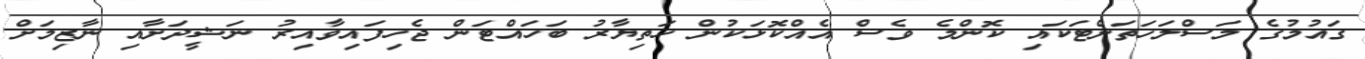
ގައުމުގެ މަސްލަހަތަށްޓަކައި ކޮންމެ ވެސް އެއްކޮޅަކުން ހަތިޔާރު ބަހައްޓަން ޖެހިފައިވާއިރު ނަޝީދަށާއި ނާޒިމަށް